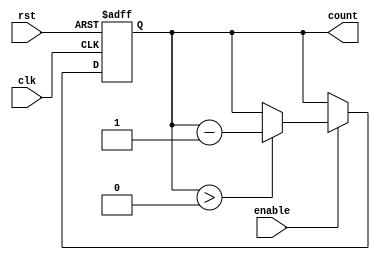
module decremental_counter (
    input wire clk,          // Clock signal
    input wire rst,          // Asynchronous reset signal
    input wire enable,       // Enable signal for decrementing the counter
    output reg [7:0] count   // Current value of the counter (8-bit)
);
    
    // Define maximum value for the counter
    localparam MAX_VALUE = 8'hFF; // 255 for an 8-bit counter

    // Asynchronous reset
    always @(posedge clk or posedge rst) begin
        if (rst) begin
            count <= MAX_VALUE; // Initialize to maximum value on reset
        end else if (enable) begin
            if (count > 0) begin
                count <= count - 1; // Decrement the counter
            end
            // If count is 0, it will remain 0
        end
    end

endmodule